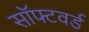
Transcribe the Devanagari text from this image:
सॉफ्टवर्ड